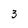
Character: 3